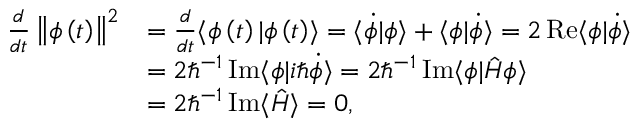
\begin{array} { r l } { \frac { d } { d t } \left\Vert \phi \left( t \right) \right\Vert ^ { 2 } } & { = \frac { d } { d t } \langle \phi \left( t \right) | \phi \left( t \right) \rangle = \langle \dot { \phi } | \phi \rangle + \langle \phi | \dot { \phi } \rangle = 2 \operatorname { R e } \langle \phi | \dot { \phi } \rangle } \\ & { = 2 \hbar ^ { - 1 } \operatorname { I m } \langle \phi | i \hbar \dot { \phi } \rangle = 2 \hbar ^ { - 1 } \operatorname { I m } \langle \phi | \hat { H } \phi \rangle } \\ & { = 2 \hbar ^ { - 1 } \operatorname { I m } \langle \hat { H } \rangle = 0 , } \end{array}